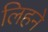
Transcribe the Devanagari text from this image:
लिहने